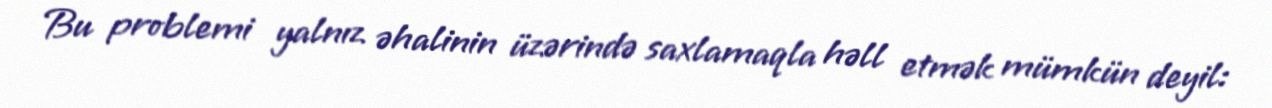
Bu problemi yalnız əhalinin üzərində saxlamaqla həll etmək mümkün deyil: